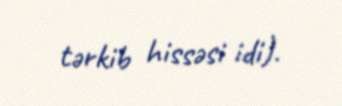
tərkib hissəsi idi).